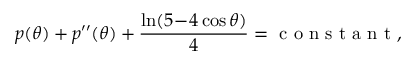
p ( \theta ) + p ^ { \prime \prime } ( \theta ) + \frac { \ln ( 5 \! - \! 4 \cos \theta ) } { 4 } = \mathrm { ~ c ~ o ~ n ~ s ~ t ~ a ~ n ~ t ~ } ,